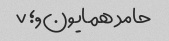
حامد همایون,؛ ۷